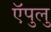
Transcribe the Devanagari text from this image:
ऍपुलु